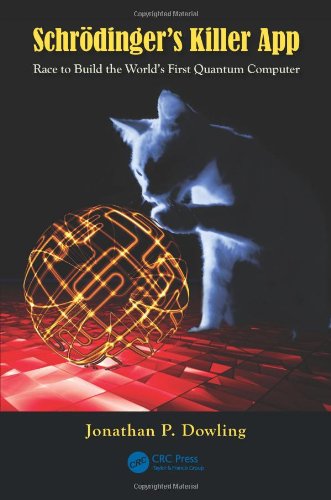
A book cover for SchrÃ¶dinger's Killer App: Race to Build the World's First Quantum Computer; Jonathan P. Dowling; Computers & Technology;